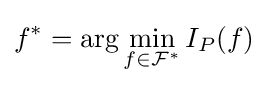
f^{*}=\arg \min _{f\in {\mathcal {F}}^{*}}I_{P}(f)